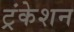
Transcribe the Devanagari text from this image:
ट्रंकेशन